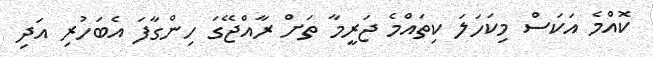
ކޮއްމެ އަކަސް މިކަހަލަ ކިތައްމެ ޖަރީމާ ތަށް ރާއްޖޭގަ ހިންގާފަ އެބަހުރި އަދި